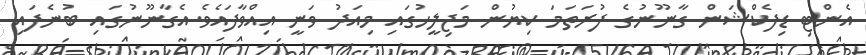
އެންޓި ޑިފެކްޝަން ގާނޫނުގެ ފުރަތަމަ ކިޔުން މަޖިލީހުގައި މިއަދު ވަނީ އިއްވާފައެވެ.އެގާނޫނުގައި ބުނެފައި